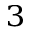
^ 3